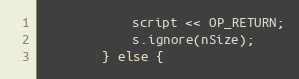
Language: C
            script << OP_RETURN;
            s.ignore(nSize);
        } else {